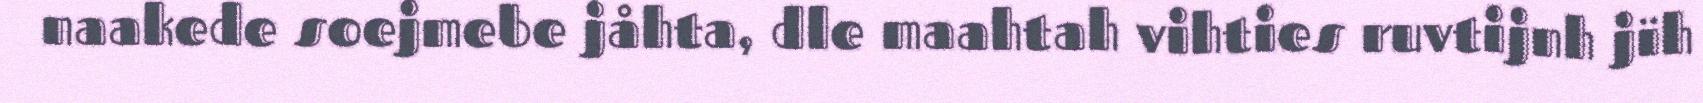
naakede soejmebe jåhta, dle maahtah vihties ruvtijnh jïh